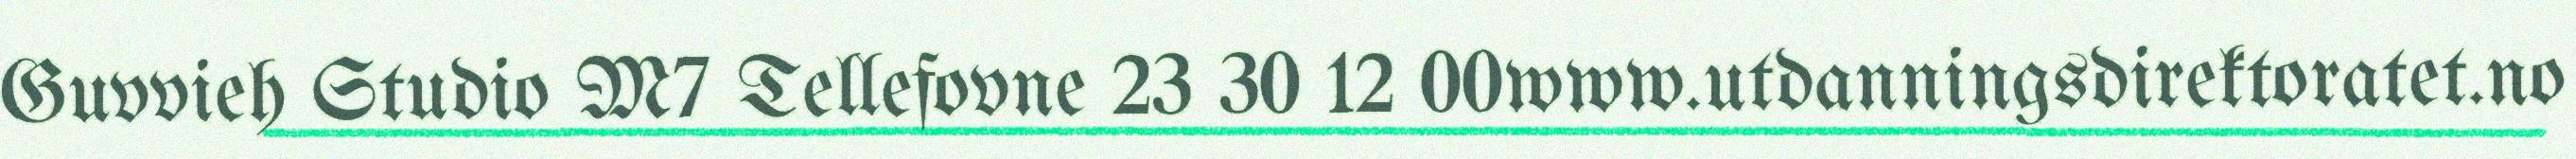
Guvvieh Studio M7 Tellefovne 23 30 12 00www.utdanningsdirektoratet.no